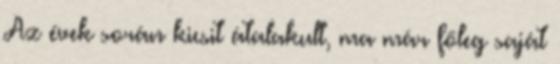
Az évek során kicsit átalakult, ma már főleg saját